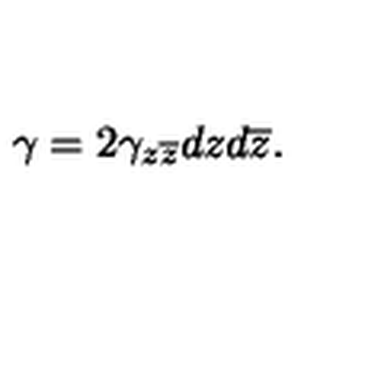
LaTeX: \gamma = 2 \gamma _ { z \overline { { z } } } d z d \overline { { z } } .